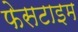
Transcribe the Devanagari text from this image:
फेसटाइम